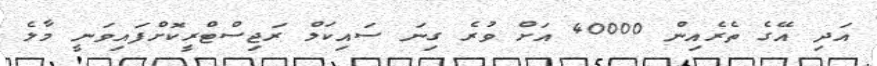
އަދި އޭގެ ތެރެއިން 40000 އަށް ވުރެ ގިނަ ސައިކަލް ރަޖިސްޓްރީކޮށްފައިވަނީ މާލެ